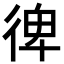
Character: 𢔌